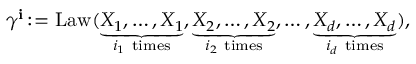
\begin{array} { r } { \gamma ^ { \mathbf { i } } \colon \! \! \! = \operatorname { L a w } ( \underbrace { X _ { 1 } , \dots , X _ { 1 } } _ { i _ { 1 } \mathrm { ~ t i m e s } } , \underbrace { X _ { 2 } , \dots , X _ { 2 } } _ { i _ { 2 } \mathrm { ~ t i m e s } } , \dots , \underbrace { X _ { d } , \dots , X _ { d } } _ { i _ { d } \mathrm { ~ t i m e s } } ) , } \end{array}